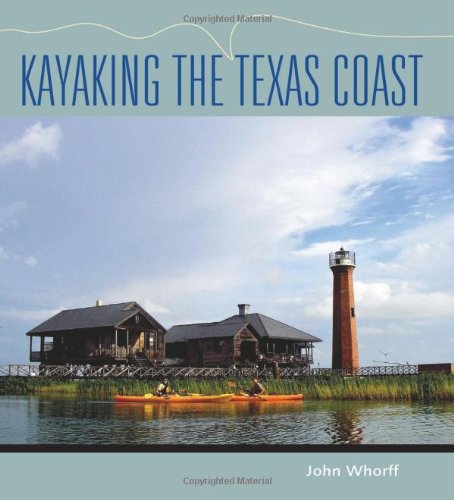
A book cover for Kayaking the Texas Coast (Gulf Coast Books, sponsored by Texas A&M University-Corpus Christi); John Whorff; Sports & Outdoors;